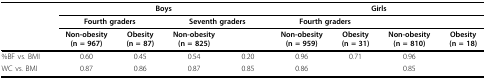
<table><thead><tr><td>[EMPTY_CELL]</td><td colspan="4"><b>Boys</b></td><td colspan="4"><b>Girls</b></td></tr><tr><td>[EMPTY_CELL]</td><td colspan="2"><b>Fourth graders</b></td><td colspan="2"><b>Seventh graders</b></td><td colspan="2"><b>Fourth graders</b></td><td colspan="2">[EMPTY_CELL]</td></tr><tr><td>[EMPTY_CELL]</td><td><b>Non-obesity(n = 967)</b></td><td><b>Obesity(n = 87)</b></td><td><b>Non-obesity(n = 825)</b></td><td>[EMPTY_CELL]</td><td><b>Non-obesity(n = 959)</b></td><td><b>Obesity(n = 31)</b></td><td><b>Non-obesity(n = 810)</b></td><td><b>Obesity(n = 18)</b></td></tr></thead><tbody><tr><td>%BF vs. BMI</td><td>0.60</td><td>0.45</td><td>0.54</td><td>0.20</td><td>0.96</td><td>0.71</td><td>0.96</td><td>[EMPTY_CELL]</td></tr><tr><td>WC vs. BMI</td><td>0.87</td><td>0.86</td><td>0.87</td><td>0.85</td><td>0.86</td><td>[EMPTY_CELL]</td><td>0.85</td><td>[EMPTY_CELL]</td></tr></tbody></table>